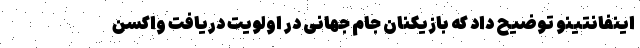
اینفانتینو توضیح داد که بازیکنان جام جهانی در اولویت دریافت واکسن